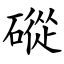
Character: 磫